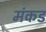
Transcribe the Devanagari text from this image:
मंकड